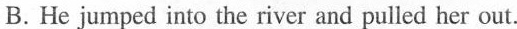
B.He jumped into the river and pulled her out.